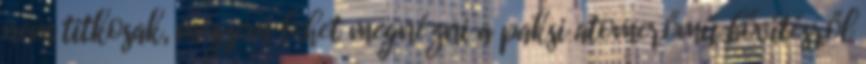
nem titkosak, mégsem lehet megnézni a paksi atomerőmű bővítésről